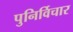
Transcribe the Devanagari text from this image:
पुनिर्विचार